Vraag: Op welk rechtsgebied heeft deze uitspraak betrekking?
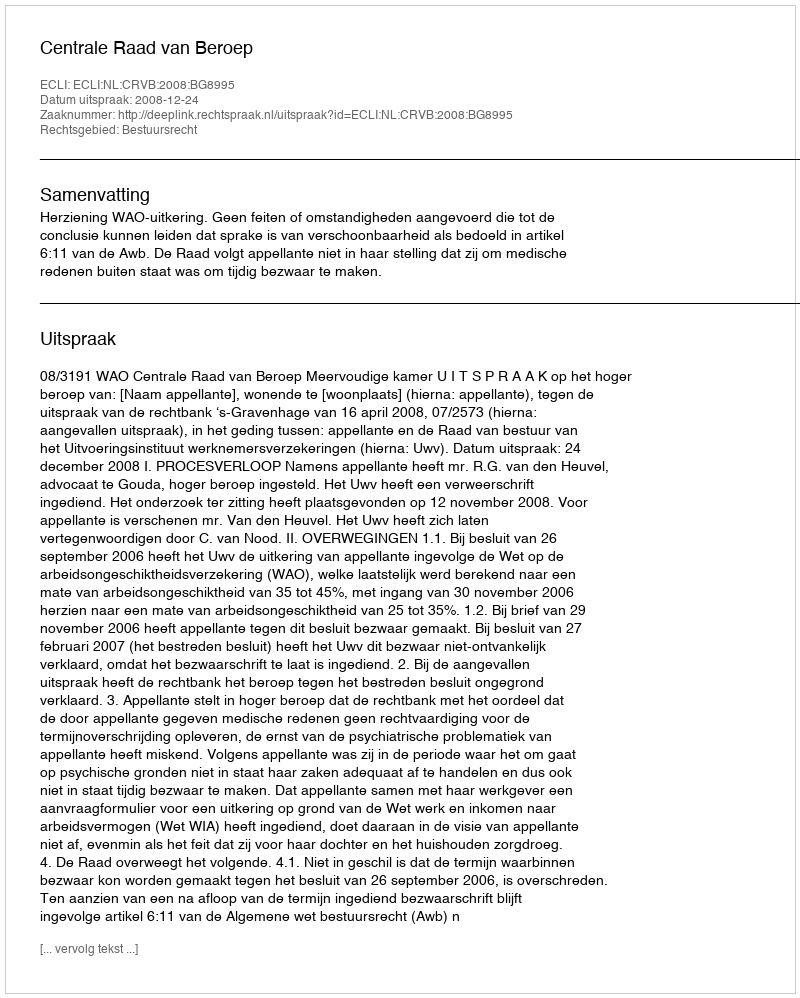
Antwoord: Bestuursrecht